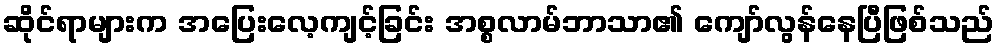
ဆိုင်ရာများက အပြေးလေ့ကျင့်ခြင်း အစ္စလာမ်ဘာသာ၏ ကျော်လွန်နေပြီဖြစ်သည်